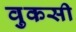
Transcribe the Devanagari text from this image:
वुकसी